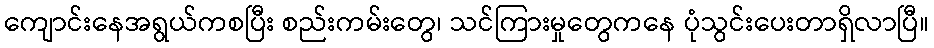
ကျောင်းနေအရွယ်ကစပြီး စည်းကမ်းတွေ၊ သင်ကြားမှုတွေကနေ ပုံသွင်းပေးတာရှိလာပြီ။